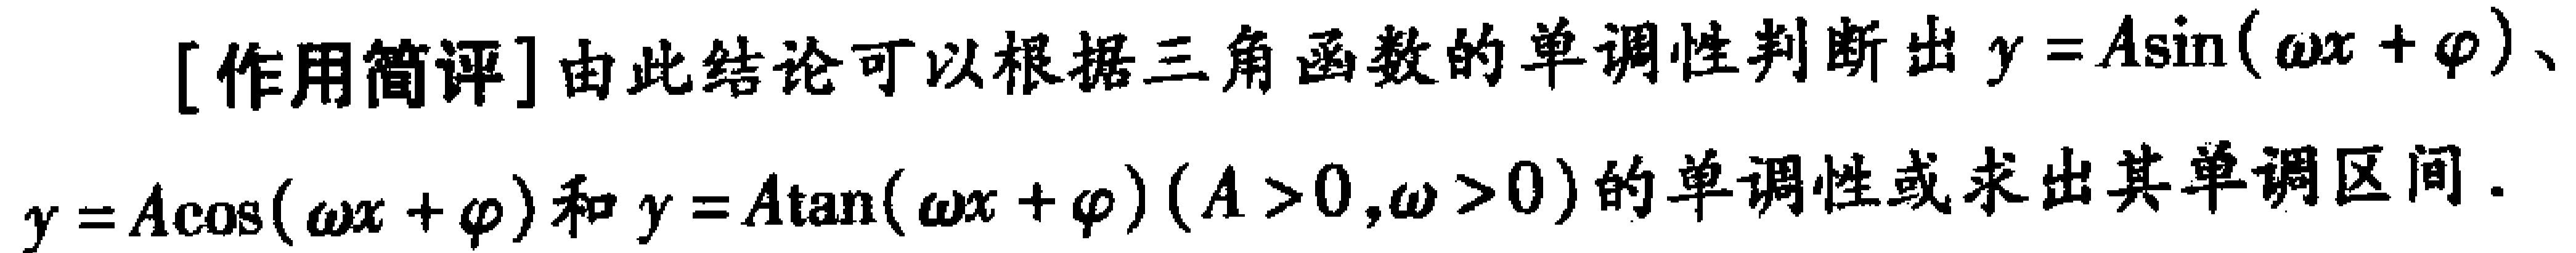
[作用简评]由此结论可以根据三角函数的单调性判断出\(y = A\sin(\omega x+\varphi)\)、\(y = A\cos(\omega x+\varphi)\)和\(y = A\tan(\omega x+\varphi)(A > 0,\omega > 0)\)的单调性或求出其单调区间.